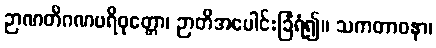
ဉာဏတိဂဏပရိဝုတ္တော၊ ဉာတိအပေါင်းခြံရံ၍။ သကတာဝနာ၊